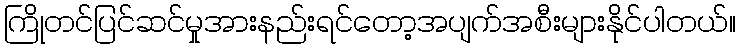
ကြိုတင်ပြင်ဆင်မှုအားနည်းရင်တော့အပျက်အစီးများနိုင်ပါတယ်။